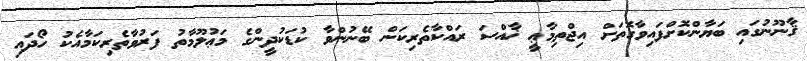
ޤާނޫނުގައި ބަޔާންކޮށްފައިވާގޮތަށް އިޖްތިމާޢީ ޚާއްސަ ރައްކާތެރިކަން ބޭނުންވާ ކުޑަކުދީންގެ މަޢުލޫމާތު ފަރުވާތެރިކަމާއެކު ހޯދައި